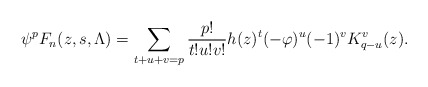
\begin{align*}\psi^p F_n(z,s,\Lambda) = \sum_{t+u+v = p} \frac{p!}{t!u!v!} h(z)^t (-\varphi)^u (-1)^v K_{q-u}^v(z). \end{align*}